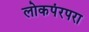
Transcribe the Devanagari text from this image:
लोकपंरपरा